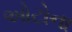
ઓટોના